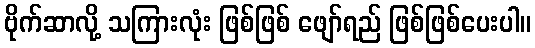
ဗိုက်ဆာလို့ သကြားလုံး ဖြစ်ဖြစ် ဖျော်ရည် ဖြစ်ဖြစ်ပေးပါ။